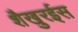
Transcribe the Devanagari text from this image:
शैखुरईस